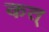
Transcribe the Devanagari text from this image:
कत्